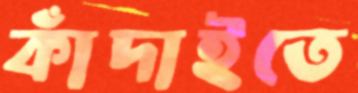
কাঁদাইতে